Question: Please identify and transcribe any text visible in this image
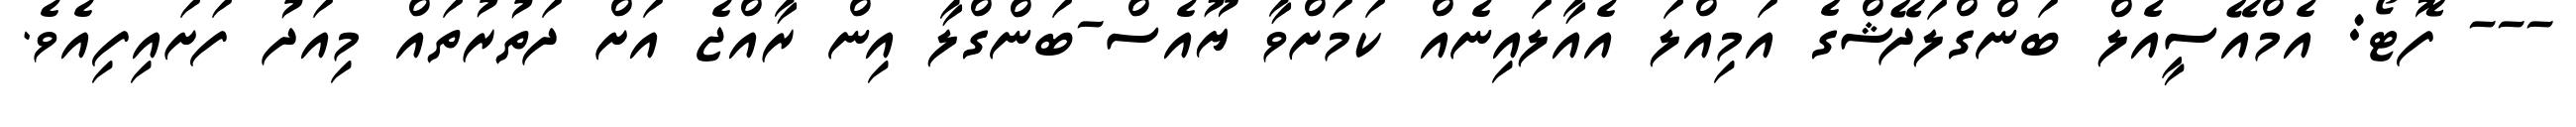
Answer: --- ފޮޓޯ: އެމްއޭސީއެލް ބަންގްލަދޭޝްގެ އަމިއްލަ އެއާލައިނެއް ކަމަށްވާ ޔޫއެސް-ބަންގްލާ އިން ރާއްޖެ އަށް ދަތުރުތައް މިއަދު ފަށައިފިއެވެ.